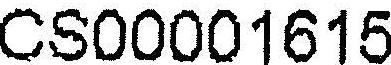
CS00001615